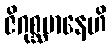
ဇိဂုစ္ဆမာနေဟိ